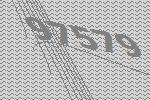
97579